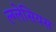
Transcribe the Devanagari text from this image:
ल्ग्लेसियस